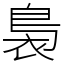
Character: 裊